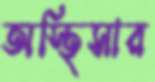
অস্থিসার